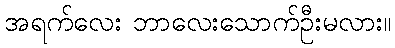
အရက်လေး ဘာလေးသောက်ဦးမလား။